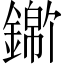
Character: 𬬃